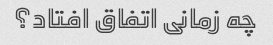
چه زمانی اتفاق افتاد؟